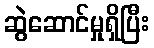
ဆွဲဆောင်မှုရှိပြီး